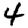
Digit: 4